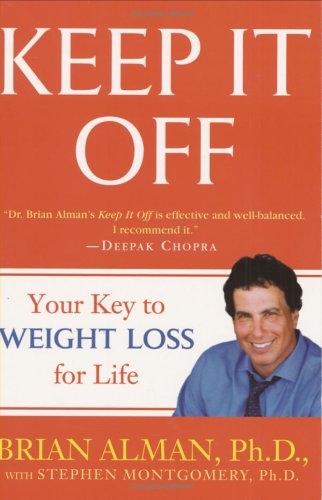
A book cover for Keep It Off; Brian Alman; Health, Fitness & Dieting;